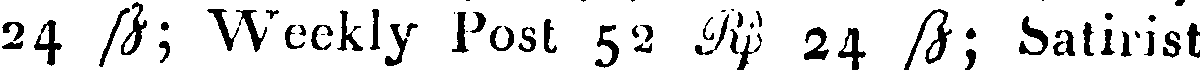
24 B; Weekly Post 52 RB 24 B ; Satirist